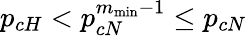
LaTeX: p_{cH}<p_{cN}^{m_{\operatorname*{min}}-1}\leq p_{cN}